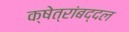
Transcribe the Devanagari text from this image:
क्षेत्रांबद्दल